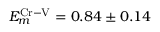
E _ { m } ^ { \mathrm { C r - V } } = 0 . 8 4 \pm 0 . 1 4